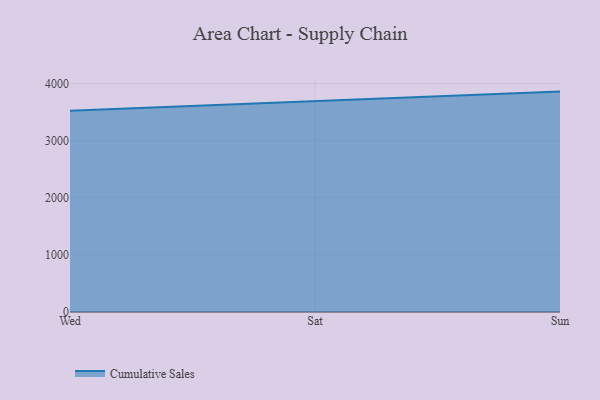
{"axis": {"x": "Day", "y": "Shipments"}, "legend": ["Cumulative Sales"], "data": [{"x": "Wed", "y": 3525.9, "type": "Cumulative Sales"}, {"x": "Sat", "y": 3690.3, "type": "Cumulative Sales"}, {"x": "Sun", "y": 3859.6, "type": "Cumulative Sales"}]}